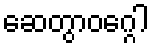
ဆေတွာဝဂ္ဂေါ